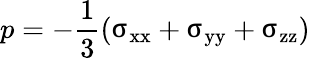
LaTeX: p=-\frac{1}{3}\left({\upsigma_{\mathrm{{xx}}}}+{\upsigma_{\mathrm{{yy}}}}+{\upsigma_{\mathrm{{zz}}}}\right)